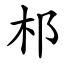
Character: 䢶